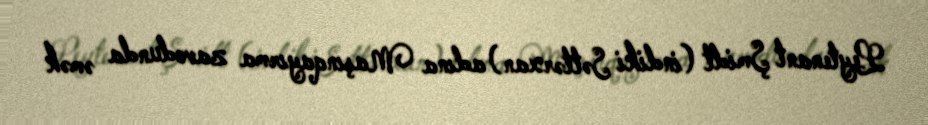
Leytenant Şmidt (indiki Səttərxan) adına Maşınqayırma zavodunda əmək